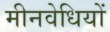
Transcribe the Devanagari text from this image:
मीनवेधियों